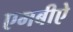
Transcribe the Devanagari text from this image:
एमबीऐ